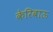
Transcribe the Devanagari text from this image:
केरिबाऊ